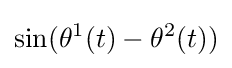
\sin(\theta ^{1}(t)-\theta ^{2}(t))